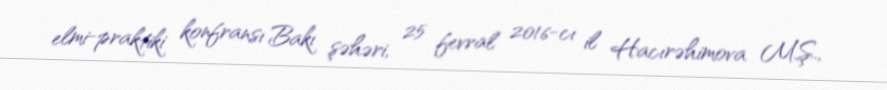
elmi-praktiki konfransı Bakı şəhəri, 25 fevral 2016-cı il Hacırəhimova M.Ş.,